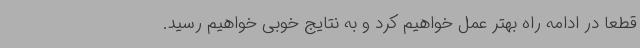
قطعا در ادامه راه بهتر عمل خواهیم کرد و به نتایج خوبی خواهیم رسید.